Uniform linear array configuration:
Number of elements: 64
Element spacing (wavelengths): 0.5
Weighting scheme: kaiser
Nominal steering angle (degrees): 0
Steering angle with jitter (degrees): -0.8992
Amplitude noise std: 0.05
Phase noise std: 0.05

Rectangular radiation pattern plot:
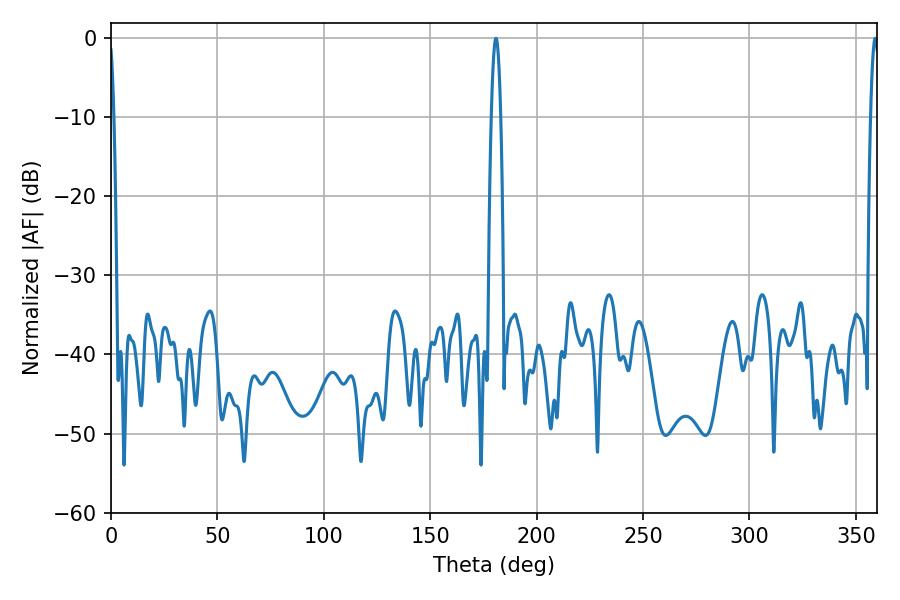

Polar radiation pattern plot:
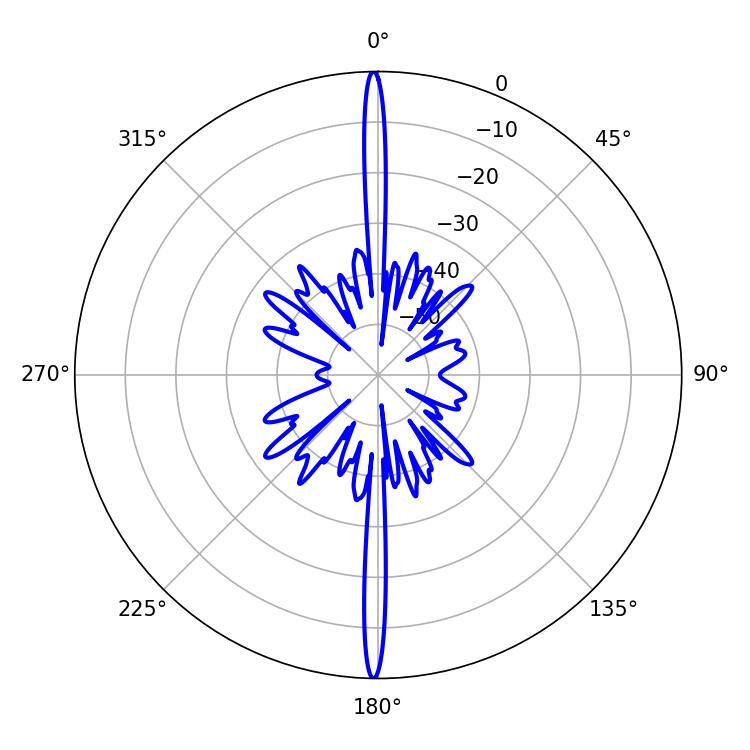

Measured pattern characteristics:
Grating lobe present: FALSE
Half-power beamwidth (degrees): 2.52
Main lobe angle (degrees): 180.9